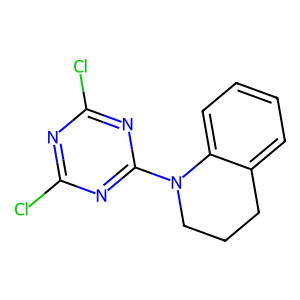
SMILES: Clc1nc(Cl)nc(N2CCCc3ccccc32)n1
Inhibits HIV replication: No